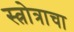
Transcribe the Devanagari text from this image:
स्त्रोत्राचा